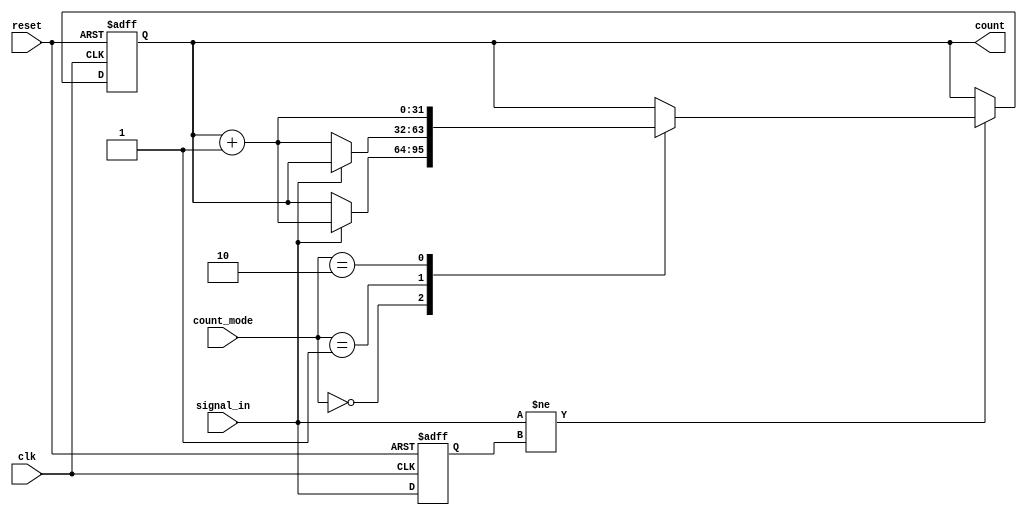
module edge_counter (
    input wire clk,               // Clock signal
    input wire reset,             // Asynchronous reset
    input wire signal_in,         // Input signal to monitor
    input wire [1:0] count_mode,  // Count mode: 00 = rising, 01 = falling, 10 = both
    output reg [31:0] count       // 32-bit count output
);

    // State to hold previous value of signal_in for edge detection
    reg signal_in_prev;

    // Always block to handle edge detection and counting
    always @(posedge clk or posedge reset) begin
        if (reset) begin
            count <= 32'b0;          // Reset count to zero
            signal_in_prev <= 1'b0;  // Reset previous signal state
        end else begin
            // Edge detection
            if (signal_in != signal_in_prev) begin
                case (count_mode)
                    2'b00: begin // Count rising edges
                        if (signal_in) begin
                            count <= count + 1; // Increment on rising edge
                        end
                    end
                    2'b01: begin // Count falling edges
                        if (!signal_in) begin
                            count <= count + 1; // Increment on falling edge
                        end
                    end
                    2'b10: begin // Count both edges
                        count <= count + 1; // Increment on any edge
                    end
                endcase
            end
            // Update previous signal state
            signal_in_prev <= signal_in;
        end
    end

endmodule